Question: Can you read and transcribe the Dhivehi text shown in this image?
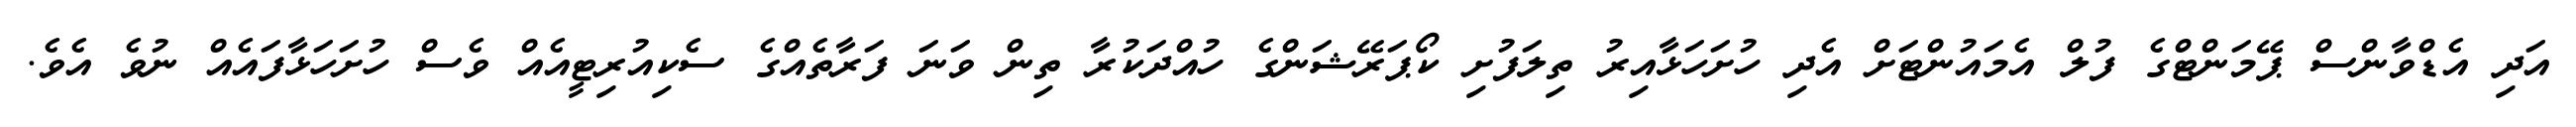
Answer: އަދި އެޑްވާންސް ޕޭމަންޓްގެ ފުލް އެމައުންޓަށް އެދި ހުށަހަޅާއިރު ތިލަފުށި ކޯޕަރޭޝަންގެ ހުއްދަކުރާ ތިން ވަނަ ފަރާތެއްގެ ސެކިއުރިޓީއެއް ވެސް ހުށަހަޅާފައެއް ނުވެ އެވެ.